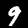
Label: 9